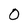
Character: 0